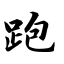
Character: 跑